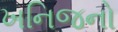
ખનિજનો